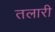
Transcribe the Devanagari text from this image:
तलारी